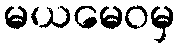
မယမေဝမှ